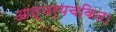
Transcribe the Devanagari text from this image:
आश्चर्यचकित।